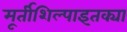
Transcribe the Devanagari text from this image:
मूर्तीशिल्पाइतक्या